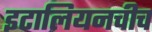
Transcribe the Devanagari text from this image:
इटालियनचीच